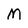
Character: M